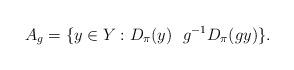
LaTeX: \begin{align*}A_{g} = \{ y \in Y : D_{\pi}(y)~~g^{-1}D_{\pi}(gy) \}.\end{align*}